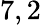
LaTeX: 7,2